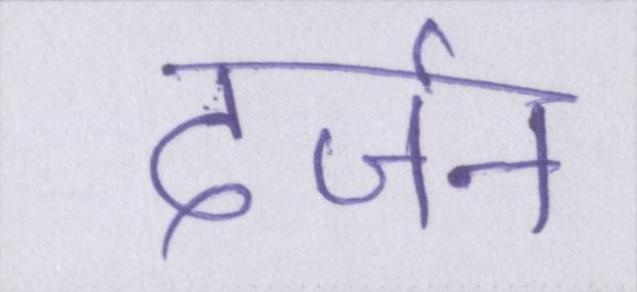
दर्जन